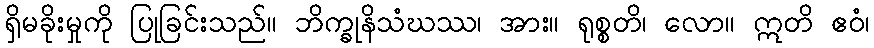
ရှိမခိုးမှုကို ပြုခြင်းသည်။ ဘိက္ခုနိသံဃဿ၊ အား။ ရုစ္စတိ၊ လော။ ဣတိ ဧဝံ၊